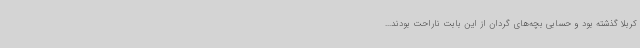
کربلا گذشته بود و حسابی بچه‌های گردان از این بابت ناراحت بودند...